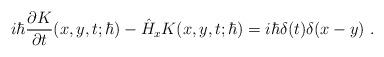
LaTeX: \begin{align*}i\hbar\frac{\partial K}{\partial t}(x,y,t;\hbar)-\hat H_xK(x,y,t;\hbar)=i\hbar\delta(t)\delta(x-y) \ .\end{align*}